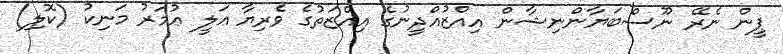
ޕީން ނެރޭ ނޫސްބަޔާންނިޝާން އިއްޒުއްދީނުގެ އިއްޒަތުގެ ވެރިޔާ ޢަލީ ޢުމަރު މަނިކު (ކޮލި)